Reports on dispensaries and lunatic asylums in the Province of Oudh - 1869-1876
Year: 1869
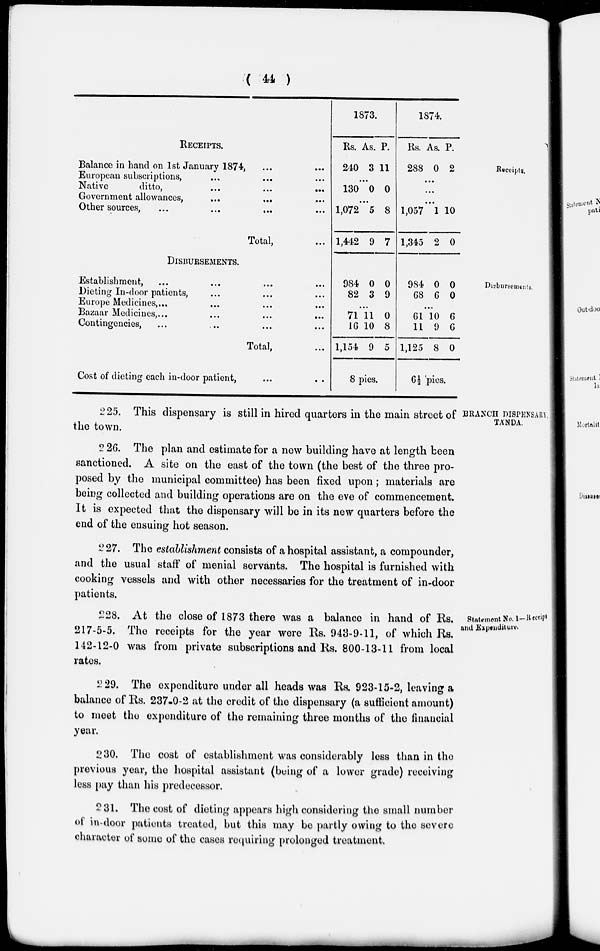
( 44 )
Receipts.
RECEIPTS.
Balance in hand on 1st January 1874, ... ...
European subscriptions, ... ... ...
Native
ditto,
...
...
...
Government allowances, ... ... ...
Other sources,
...
...
...
...
Total, ...
1873.
Rs.
240
As.
3
P.
11
...
130 0 0
...
1,072
1,442
5
9
8
7
1874.
Rs.
288
As.
0
P.
2
...
...
...
1,057
1,345
1
2
10
0
Disbursements.
DISBURSEMENTS.
Establishment, ... ... ... ...
Dieting In-door patients, ... ... ...
Europe Medicines, ... ... ... ...
Bazaar Medicines,
...
...
...
...
Contingencies, ... ... ... ...
Total, ...
Cost of dieting each in-door patient, ... ...
984
82
0
3
0
9
...
71
16
1,154
11
10
9
0
8
5
8 pies.
984
68
0
6
0
0
...
61
11
1,125
10
9
8
6
6
0
6½ pies.
BRANCH DISPENSARY
TÁNDA.
225. This dispensary is still in hired quarters in the main street of
the town.
226. The plan and estimate for a new building have at length been
sanctioned. A site on the east of the town (the best of the three pro-
posed by the municipal committee) has been fixed upon; materials are
being collected and building operations are on the eve of commencement.
It is expected that the dispensary will be in its new quarters before the
end of the ensuing hot season.
227. The establishment consists of a hospital assistant, a compounder,
and the usual staff of menial servants. The hospital is furnished with
cooking vessels and with other necessaries for the treatment of in-door
patients.
Statement No. 1-Receipt
and Expenditure.
228. At the close of 1873 there was a balance in hand of Rs.
217-5-5. The receipts for the year were Rs. 943-9-11, of which Rs.
142-12-0 was from private subscriptions and Rs. 800-13-11 from local
rates.
229. The expenditure under all heads was Rs. 923-15-2, leaving a
balance of Rs. 237-0-2 at the credit of the dispensary (a sufficient amount)
to meet the expenditure of the remaining three months of the financial
year.
230. The cost of establishment was considerably less than in the
previous year, the hospital assistant (being of a lower grade) receiving
less pay than his predecessor.
231. The cost of dieting appears high considering the small number
of in-door patients treated, but this may be partly owing to the severe
character of some of the cases requiring prolonged treatment.